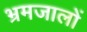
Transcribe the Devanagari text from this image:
भ्रमजालों